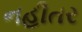
નહીતર